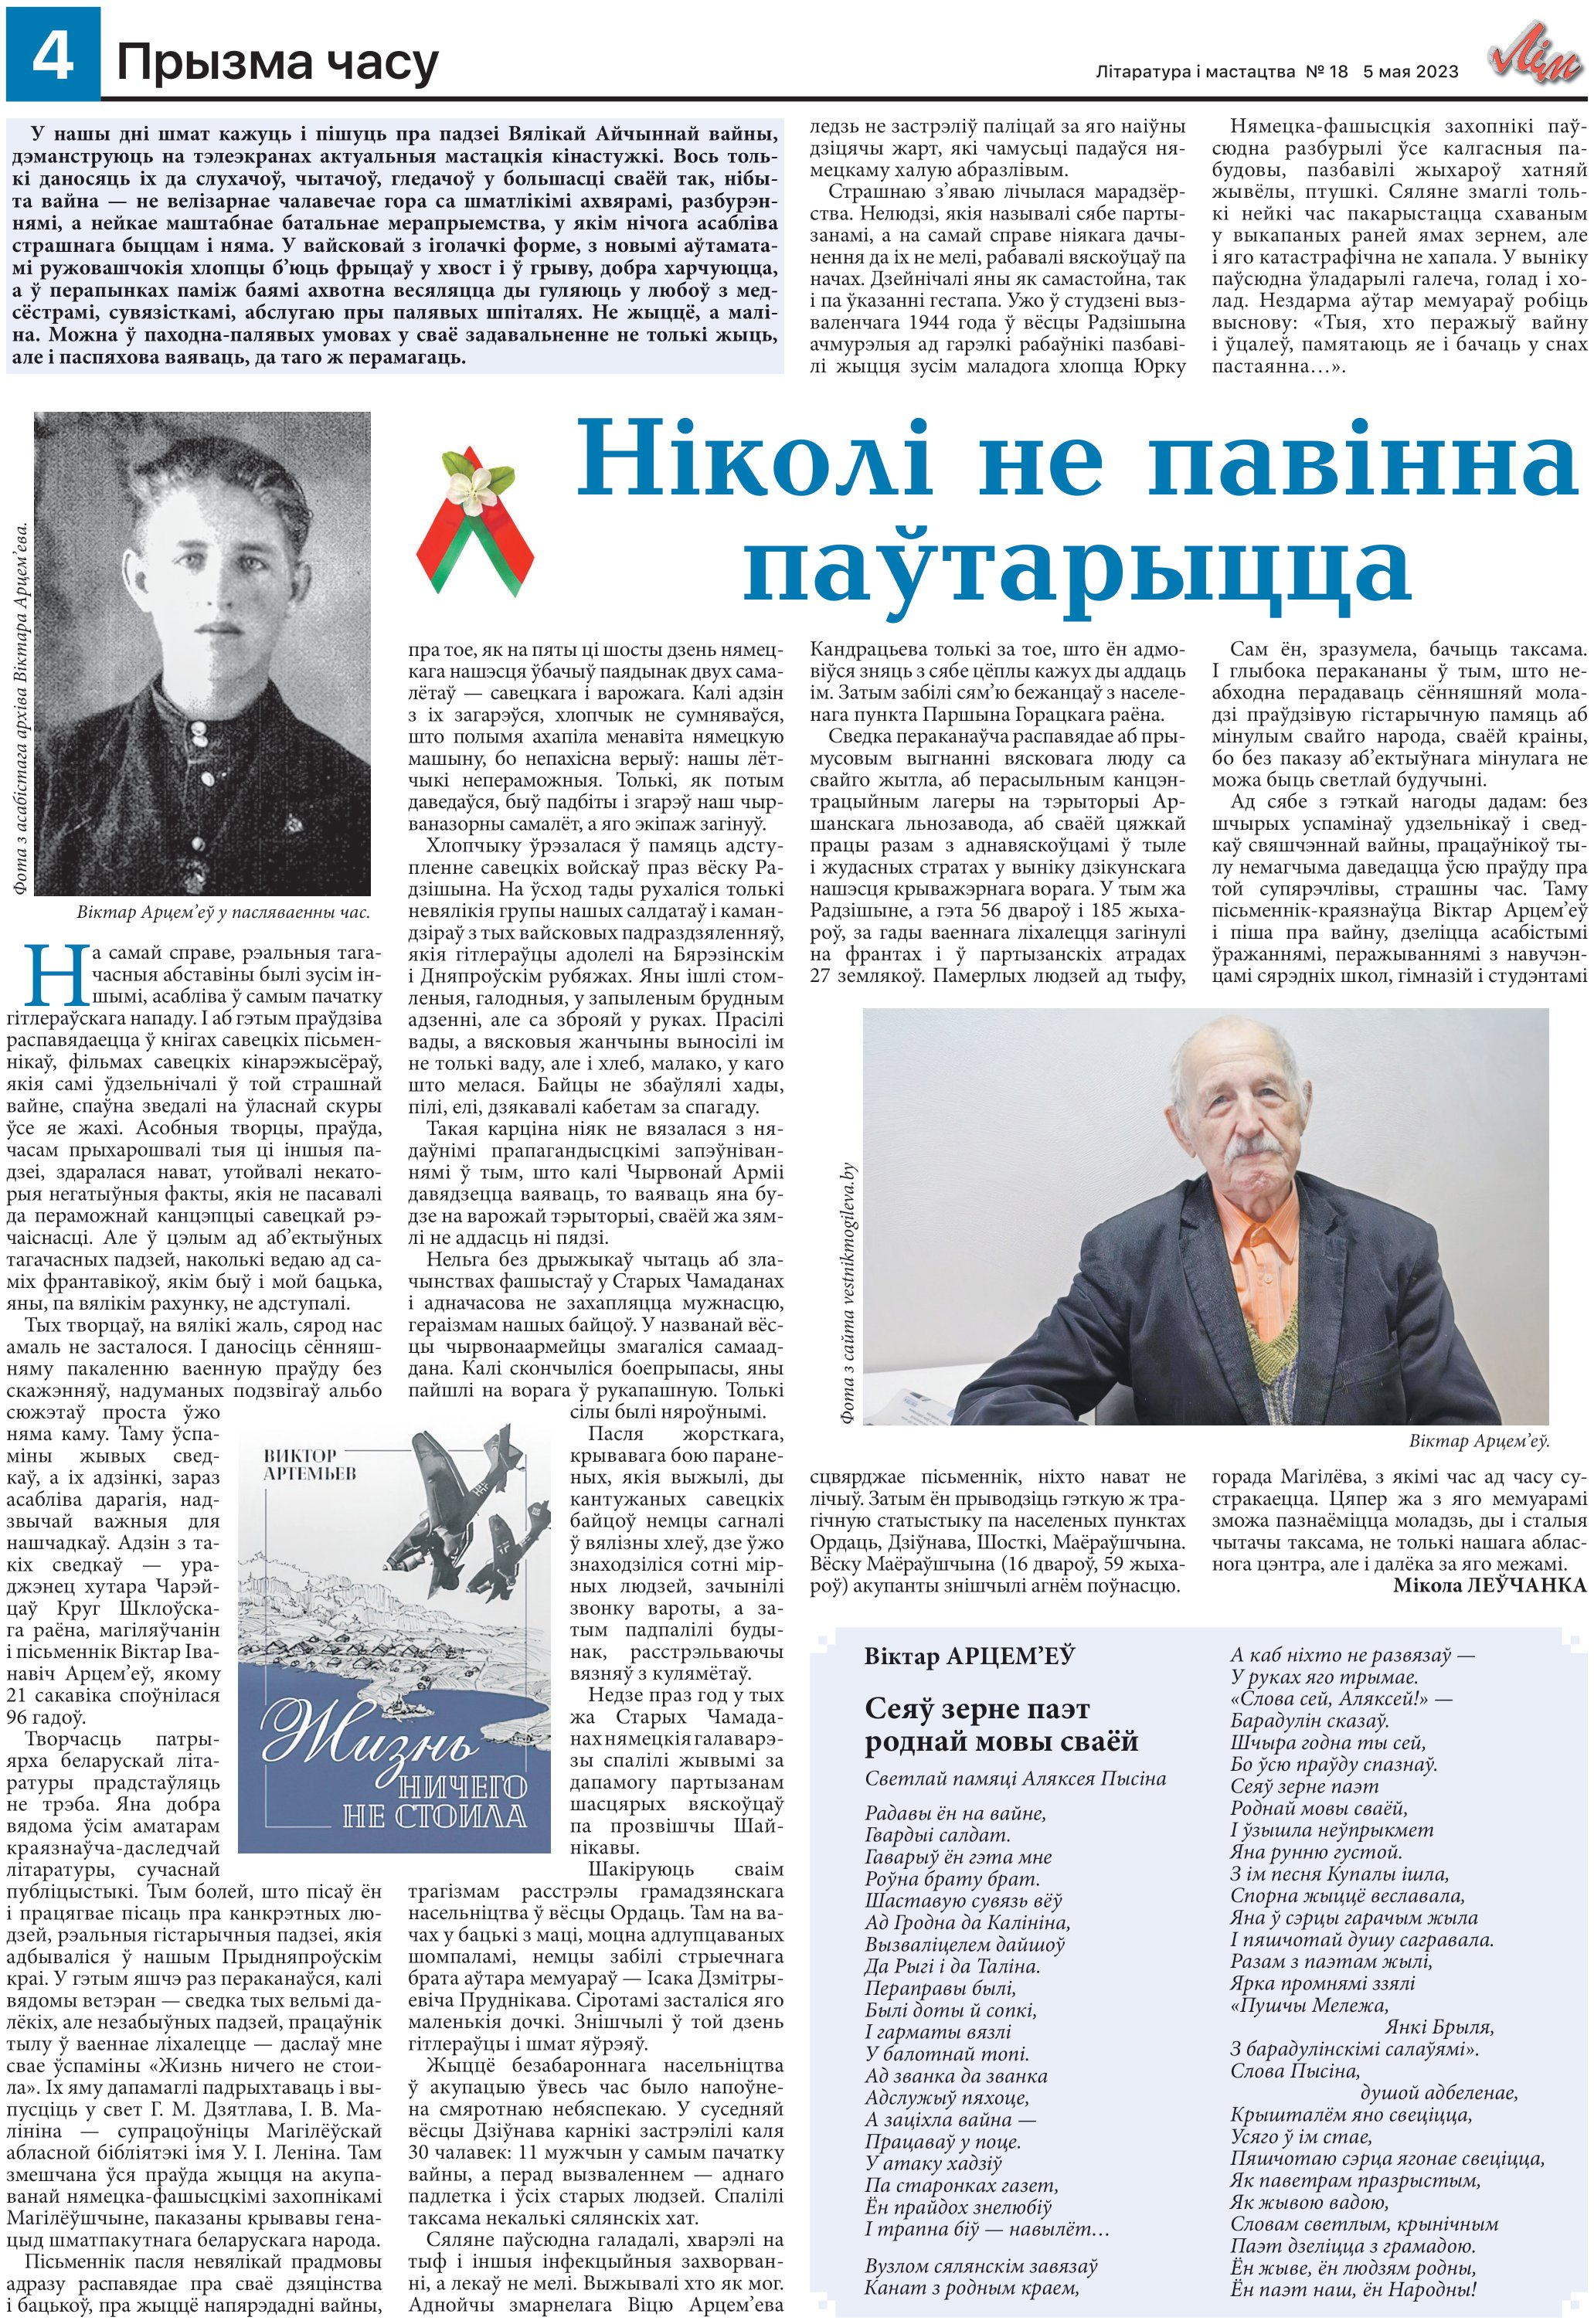
Language: be